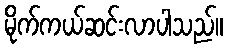
မိုက်ကယ်ဆင်းလာပါသည်။